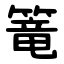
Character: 篭